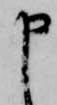
申